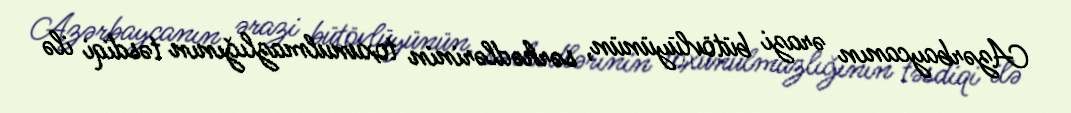
Azərbaycanın ərazi bütövlüyünün, sərhədlərinin toxunulmazlığının təsdiqi ilə